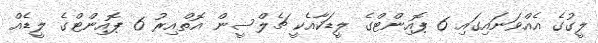
ލީގުގެ އެއްވަނައިގައި 6 ޕޮއިންޓްގެ ލީޑަކާއެކީ ޗެލްސީން އޮތްއިރު 6 ޕޮއިންޓްގެ ލީޑެއް